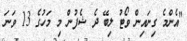
"އެންމެ ގިނައިން ވޯޓު ލިބޭ ދެ ޝެފުން މި މަހުގެ 13 ވަނަ